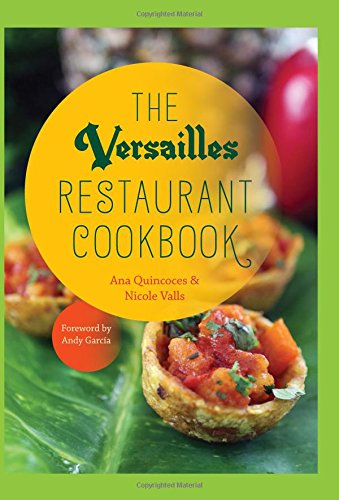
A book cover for The Versailles Restaurant Cookbook; Ana Quincoces; Cookbooks, Food & Wine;